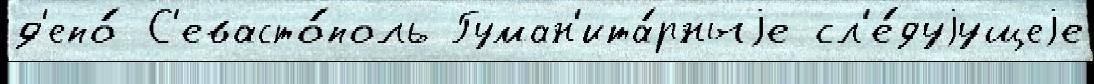
д'епо́ С'евасто́поль Гуман'ита́рныjе сл'е́дуjущеjе